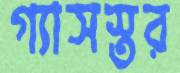
গ্যাসস্তর